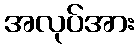
အလုပ်အား